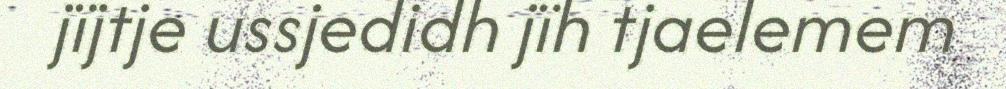
jïjtje ussjedidh jïh tjaelemem